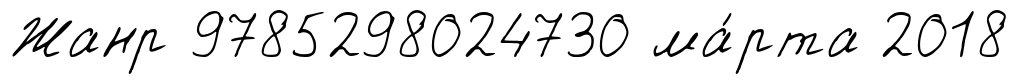
Жанр 9785298024730 ма́рта 2018